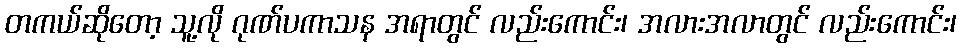
တကယ်ဆိုတော့ သူ့လို ဂုဏ်ပကာသန အရာတွင် လည်းကောင်း၊ အလားအလာတွင် လည်းကောင်း၊